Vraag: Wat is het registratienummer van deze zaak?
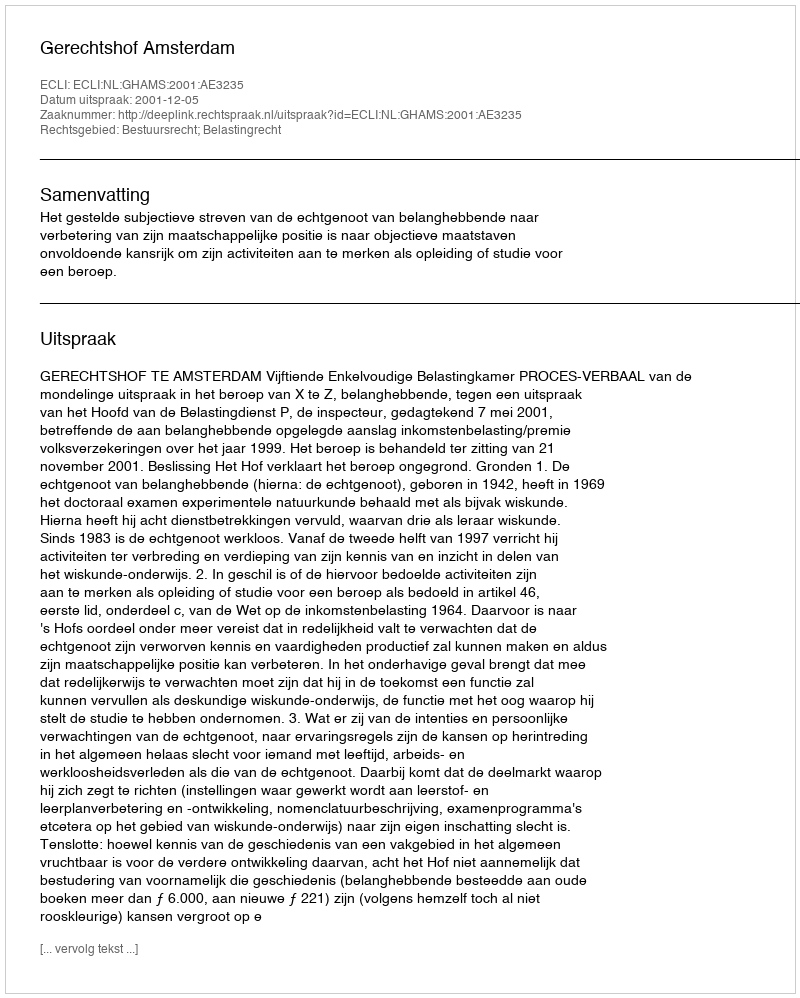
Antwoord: http://deeplink.rechtspraak.nl/uitspraak?id=ECLI:NL:GHAMS:2001:AE3235